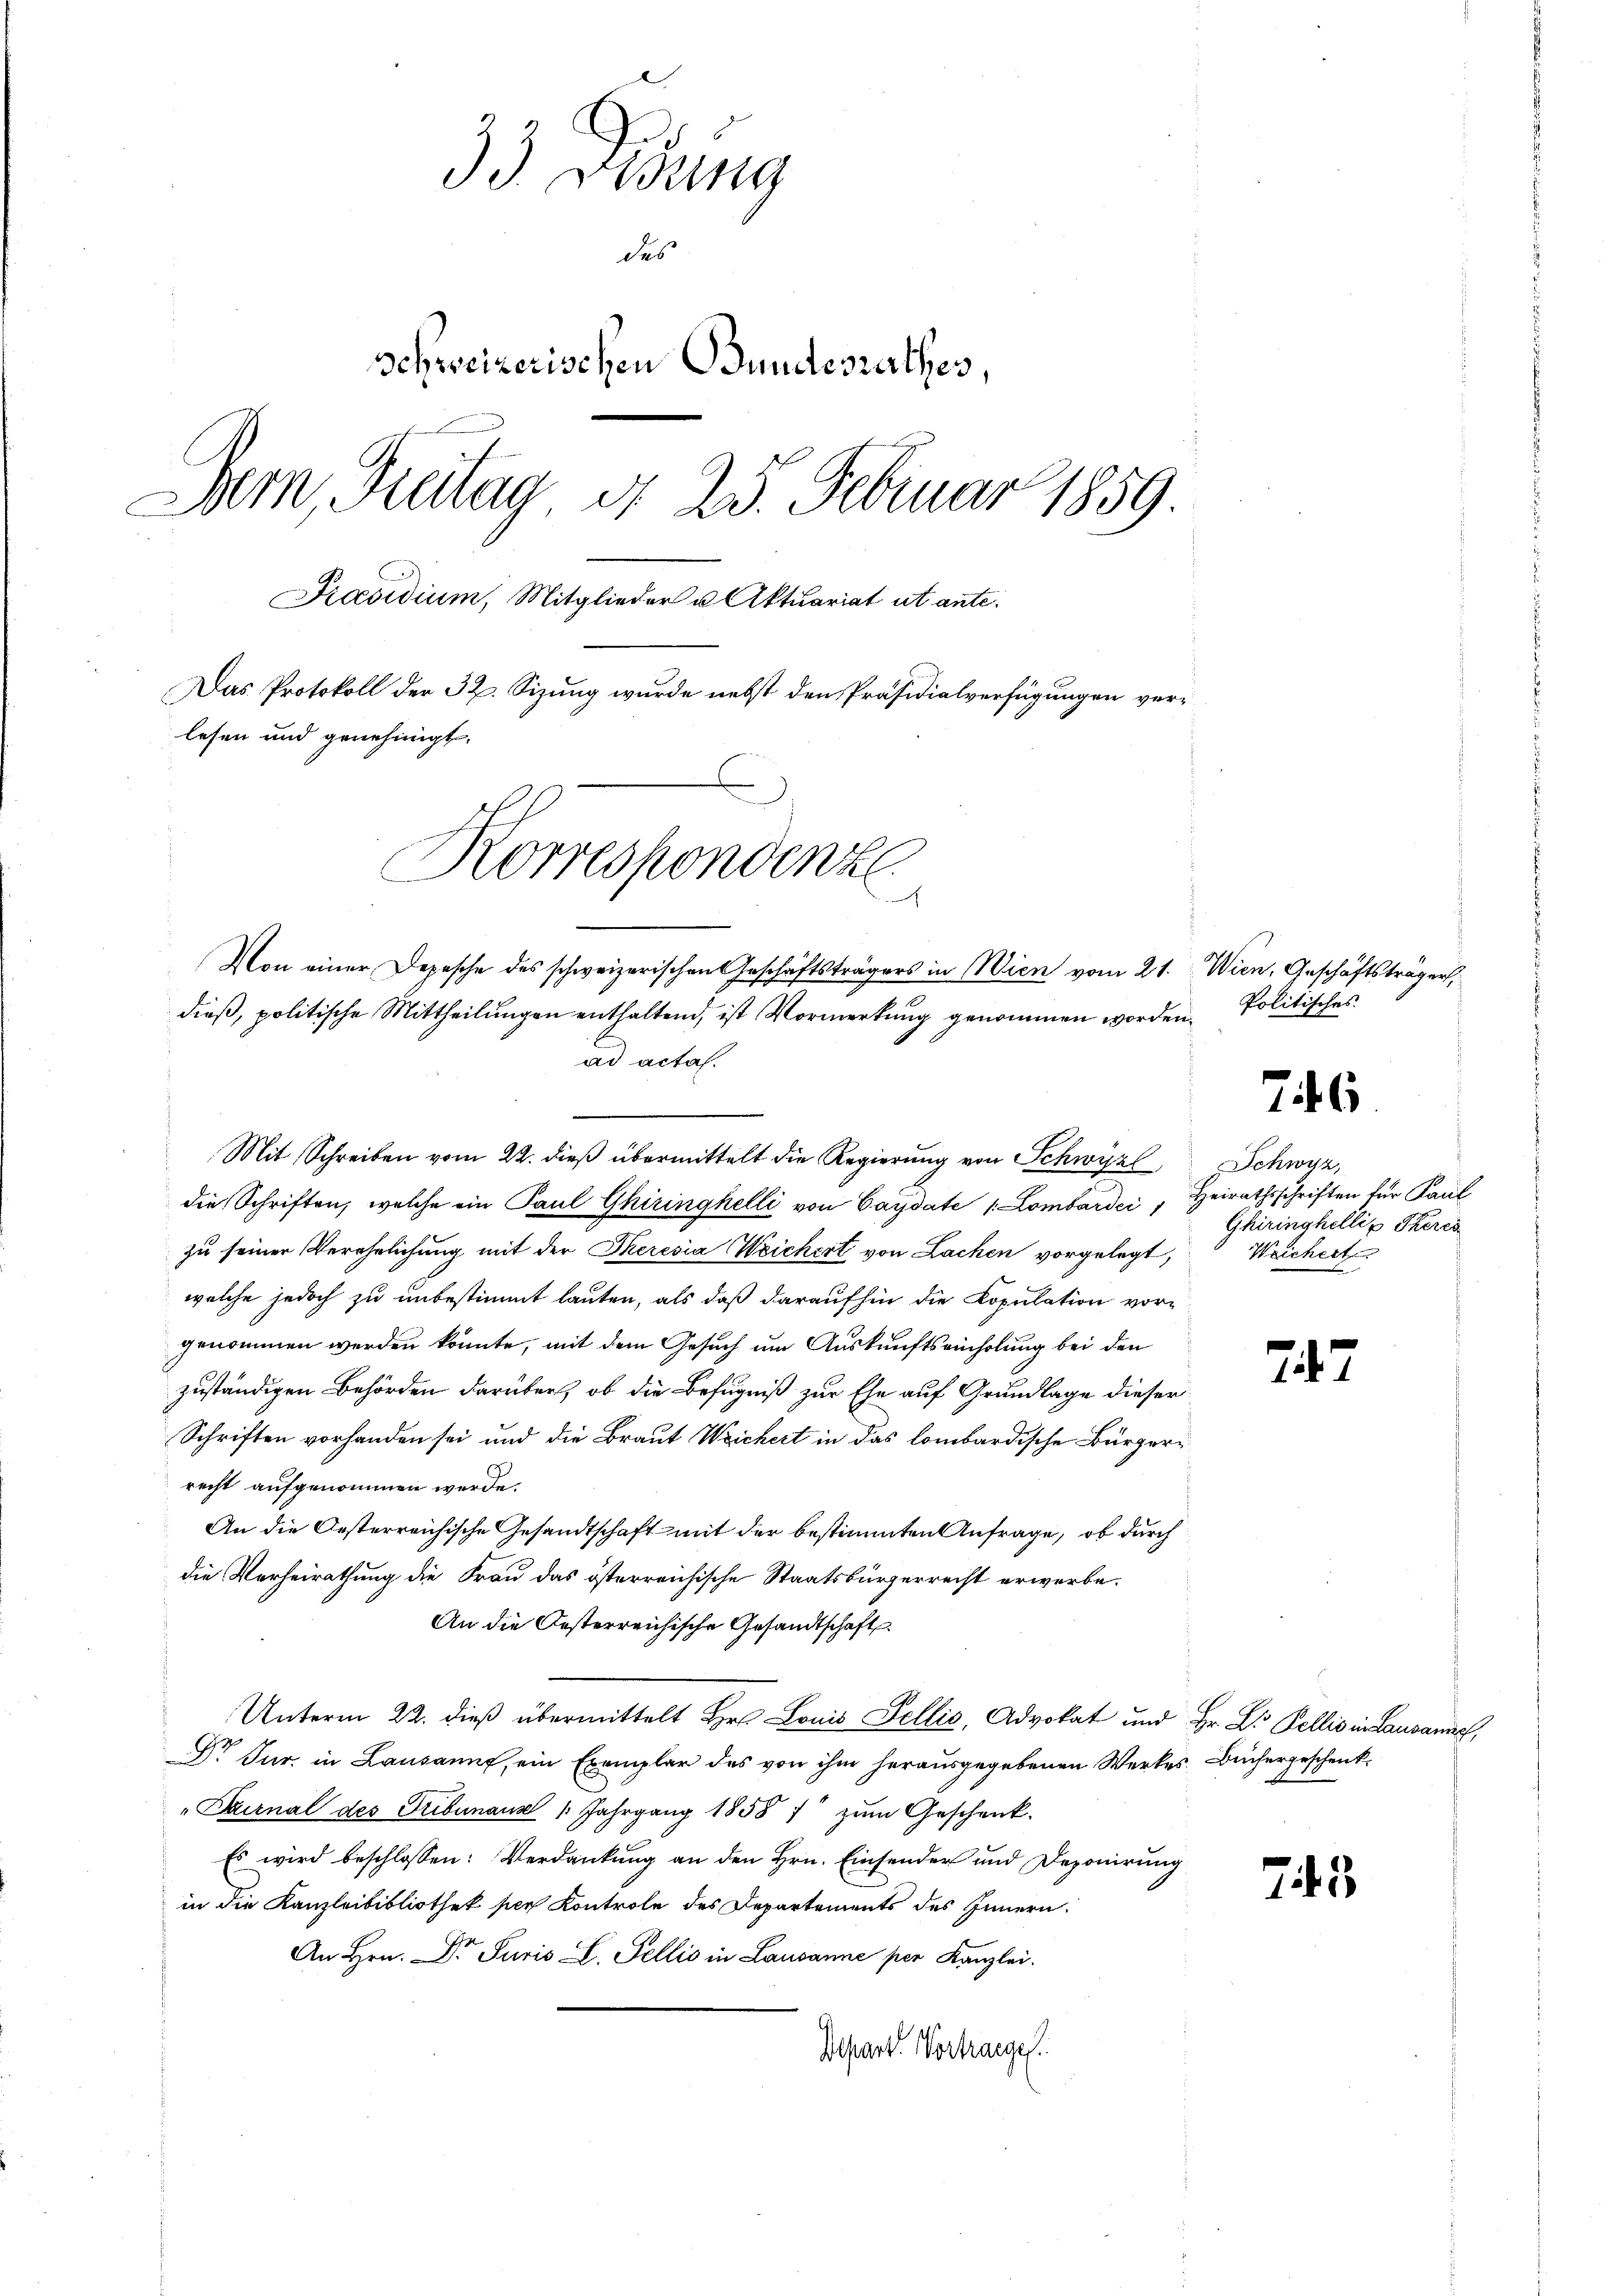
33 Dedung
des
Schweizerischen Bundesrathes,
Bern, Fritag d. 25. Februar 1859
Präsidium, Mitglieder u Aktuariat ut ante.
Das Protokoll der 32. Sizung wurde nebst den Präsidialverfügungen verlesen und genehmigt.
Korrespondenz
J

Von einer Depesche des schweizerischen Geschäftsträgers in Wien vom 21. Wien, Geschäftsträger,
dieß, politische Mittheilungen enthaltend, ist Vormerkung genommen worden Politisches
ad actas.

Mit Schreiben vom 22. dieß übermittelt die Regierung von Schwyzl
die Schriften, welche ein Paul Ghiringhelli von Caydate 1 Lombardi, Heirathsschriften für Paul
zu seiner Verehelichung mit der Theresia Weichert von Lachen vorgelegt,
welche jedoch zu unbestimmt lauten, als daß daraufhin die Kopulation vor-
genommen werden könnte, mit dem Gesuch um Auskunftseinholung bei den
zuständigen Behörden darüber, ob die Befugniß zur Ehe auf Grundlage dieser
Schriften vorhanden sei und die Braut Weichert in das lombardische Bürgerrecht aufgenommen werde.
An die Oesterreichische Gesandtschaft mit der bestimmten Anfrage, ob durch
die Verheirathung die Frau das österreichische Staatsbürgerrecht erwerbe¬
An die Oesterreichische Gesandtschaft.
Unterm 22. dieß übermittelt Hr. Louis Fellis, Advokat und Hr. L. Bellis in Lausanne,
Dr Jur. in Lausannt, ein Exemplar des von ihm herausgegebenen Werkes. Büchergeschenk¬
"Paurnal des Tribunaus (Jahrgang 1858 1 zum Geschenk.
Es wird beschlossen: Verdankung an den Hrn. Einsender und Deponirung
in die Kanzleibibliothek per Kontrole des Departements des Innern.
An Hrn. Dr Juris L. Fellis in Lausanne per Kanzlei.
Depart. Vortrage

746

Schwyz,
Ghiringhellis Theres
Weichert

747

73